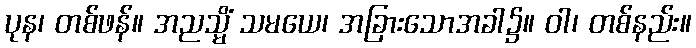
ပုန၊ တစ်ဖန်။ အညသ္မိံ သမယေ၊ အခြားသောအခါ၌။ ဝါ၊ တစ်နည်း။